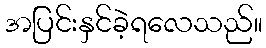
အပြင်းနှင်ခဲ့ရလေသည်။